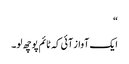
“
ایک آواز آئی کہ ٹائم پوچھ لو۔